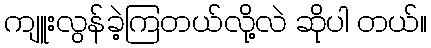
ကျူးလွန်ခဲ့ကြတယ်လို့လဲ ဆိုပါ တယ်။